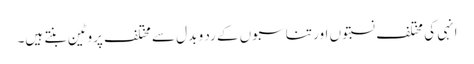
انہی کی مختلف نسبتوں اور تناسبوں کے رد و بدل سے مختلف پروٹین بنتے ہیں۔